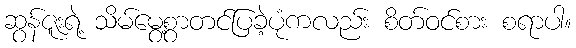
ဆွန်ဇူးရဲ့ သိမ်မွေ့စွာတင်ပြခဲ့ပုံကလည်း စိတ်ဝင်စား စရာပါ။